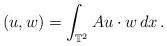
LaTeX: \begin{align*}(u, w) = \int_{ \mathbb{T} ^2 } Au \cdot w \, dx \,.\end{align*}